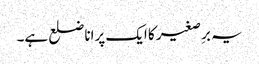
یہ برِصغیر کا ایک پرانا ضلع ہے۔